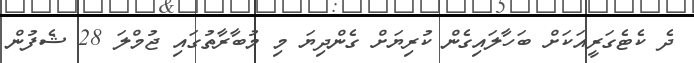
ދެ ކެޓެގަރީއަކަށް ބަހާލައިގެން ކުރިޔަށް ގެންދިޔަ މި މުބާރާތުގައި ޖުމްލަ 28 ޝެފުން